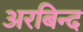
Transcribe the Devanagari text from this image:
अरबिन्द